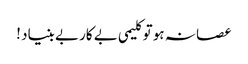
عصا نہ ہو تو کلیمی بے کار بے بنیاد !